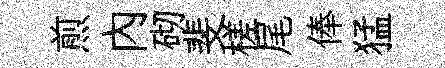
煎内砌斐槎尾俸猛